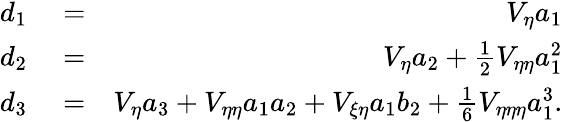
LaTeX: \begin{array}{rlr}{d_{1}}&{{}=}&{V_{\eta}a_{1}}\\ {d_{2}}&{{}=}&{V_{\eta}a_{2}+\frac{1}{2}V_{\eta\eta}a_{1}^{2}}\\ {d_{3}}&{{}=}&{V_{\eta}a_{3}+V_{\eta\eta}a_{1}a_{2}+V_{\xi\eta}a_{1}b_{2}+\frac{1}{6}V_{\eta\eta\eta}a_{1}^{3}.}\end{array}